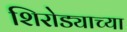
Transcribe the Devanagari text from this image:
शिरोड्याच्या